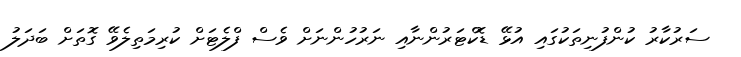
ސަރުކާރު ކުންފުނިތަކުގައި އުޅޭ ޑޮކްޓަރުންނާއި ނަރުހުންނަށް ވެސް ފްލެޓަށް ކުރިމަތިލެވޭ ގޮތަށް ބަދަލު